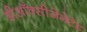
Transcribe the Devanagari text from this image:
डीऑक्सीजेनेटेड